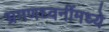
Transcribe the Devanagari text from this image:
भ्रमणध्वनींमध्ये